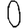
Digit: 0